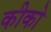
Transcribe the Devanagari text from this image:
कीको